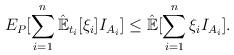
LaTeX: \begin{align*}E_P[\sum_{i=1}^n\hat{\mathbb{E}}_{t_i}[\xi_i]I_{A_i}]\leq\hat{\mathbb{E}}[\sum_{i=1}^n\xi_iI_{A_i}].\end{align*}